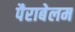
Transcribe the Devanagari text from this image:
पैराबेलम